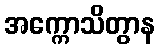
အက္ကောသိတွာန